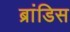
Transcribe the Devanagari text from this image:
ब्रांडिस